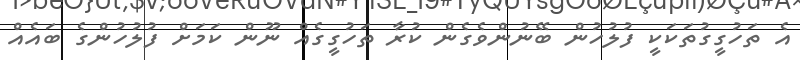
އެ ތަހުގީގުތަކަކީ ފުލުހުން ބޭނުންވެގެން ކުރާ ތަހުގީގެއް ނޫން ކަމަށް ފުލުހުންގެ ބައެއް